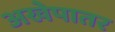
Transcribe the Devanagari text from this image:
अखेपातर